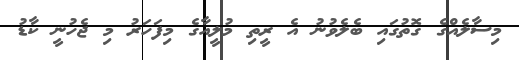
މިސާލެއްގެ ގޮތުގައި ބެލެވުނު އެ ރީތި މުލީއާގެ މިފަހަރު މި ޖެހުނީ ކާޑު